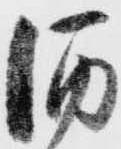
酒